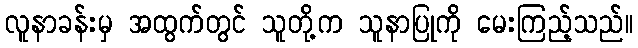
လူနာခန်းမှ အထွက်တွင် သူတို့က သူနာပြုကို မေးကြည့်သည်။